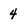
Character: 4